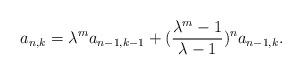
LaTeX: \begin{align*}a_{n,k}=\lambda^m a_{n-1,k-1}+(\frac{\lambda^m-1}{\lambda-1})^na_{n-1,k}.\end{align*}